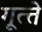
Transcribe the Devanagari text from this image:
गूत्त्ते